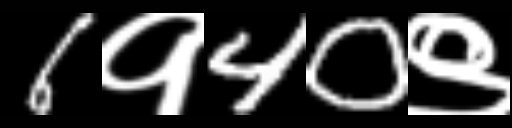
Text: 6१40९